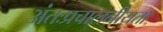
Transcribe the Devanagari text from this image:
अंतःप्रचालनीयता